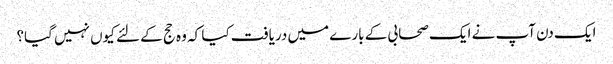
ایک دن آپ نے ایک صحابی کے بارے میں دریافت کیا کہ وہ حج کے لئے کیوں نہیں گیا؟